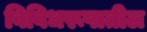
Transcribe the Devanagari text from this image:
विविधरूपातील